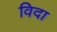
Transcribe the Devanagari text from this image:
विदा